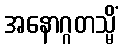
အနောဂ္ဂတသ္မိံ